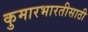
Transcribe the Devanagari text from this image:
कुमारभारतीसाठी